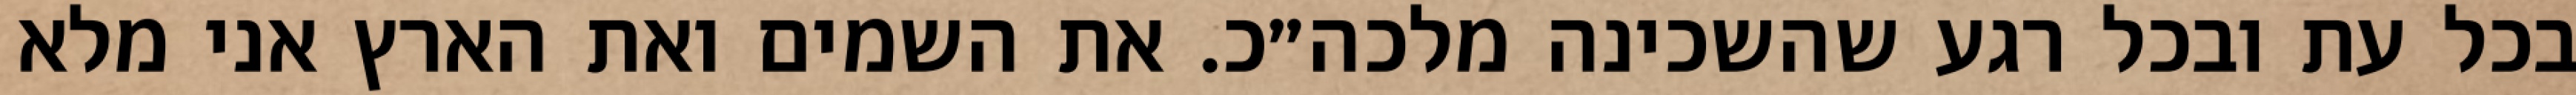
בכל עת ובכל רגע שהשכינה מלכה״כ. את השמים ואת הארץ אני מלא